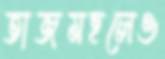
তাজমহলেও